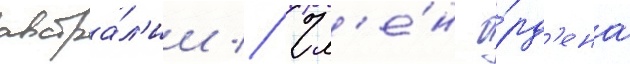
австра́л'ии // Чл'е́н о́рд'ена